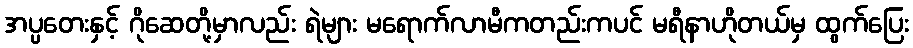
အပ္ပတေးနှင့် ဂိုဆေတို့မှာလည်း ရဲများ မရောက်လာမီကတည်းကပင် မရီနာဟိုတယ်မှ ထွက်ပြေး